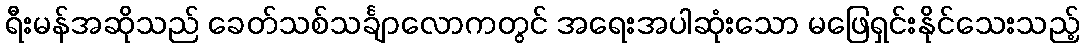
ရီးမန်အဆိုသည် ခေတ်သစ်သင်္ချာလောကတွင် အရေးအပါဆုံးသော မဖြေရှင်းနိုင်သေးသည့်